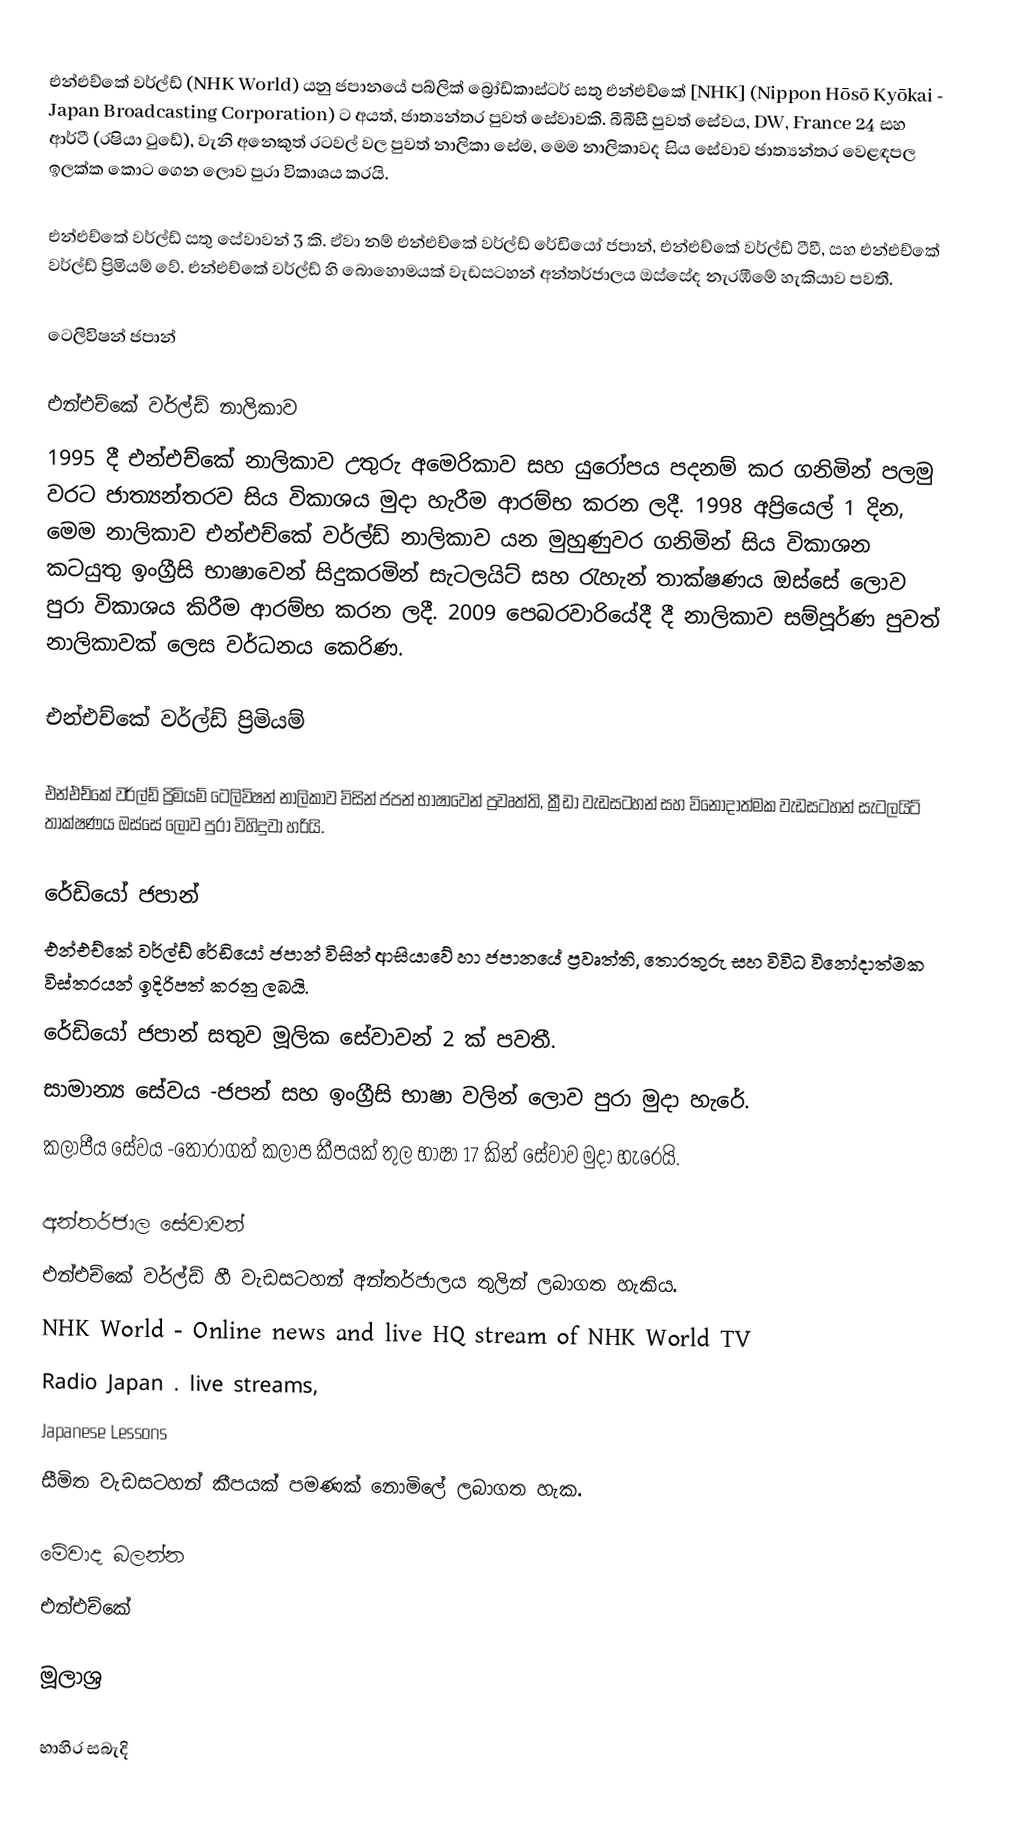
එන්එච්කේ වර්ල්ඩ් (NHK World) යනු ජපානයේ පබ්ලික් බ්‍රෝඩ්කාස්ටර් සතු එන්එච්කේ [NHK] (Nippon Hōsō Kyōkai - Japan Broadcasting Corporation) ට අයත්, ජාත්‍යන්තර පුවත් සේවාවකි. බීබීසී පුවත් සේවය, DW, France 24 සහ ආර්ටී (රෂියා ටුඩේ), වැනි අනෙකුත් රටවල් වල පුවත් නාලිකා සේම, මෙම නාලිකාවද සිය සේවාව ජාත්‍යන්තර වෙළඳපල ඉලක්ක කොට ගෙන ලොව පුරා විකාශය කරයි.

එන්එච්කේ වර්ල්ඩ් සතු සේවාවන් 3 කි. ඒවා නම් එන්එච්කේ වර්ල්ඩ් රේඩියෝ ජපාන්, එන්එච්කේ වර්ල්ඩ් ටීවී, සහ එන්එච්කේ වර්ල්ඩ් ප්‍රිමියම් වේ. එන්එච්කේ වර්ල්ඩ් හි බොහොමයක් වැඩසටහන් අන්තර්ජාලය ඔස්සේද නැරඹීමේ හැකියාව පවතී.

ටෙලිවිෂන් ජපාන්

එන්එච්කේ වර්ල්ඩ් නාලිකාව
1995 දී එන්එච්කේ නාලිකාව උතුරු අමෙරිකාව සහ යුරෝපය පදනම් කර ගනිමින් පලමු වරට ජාත්‍යන්තරව සිය විකාශය මුදා හැරීම ආරම්භ කරන ලදී. 1998 අප්‍රියෙල් 1 දින, මෙම නාලිකාව එන්එච්කේ වර්ල්ඩ් නාලිකාව යන මුහුණුවර ගනිමින් සිය විකාශන කටයුතු ඉංග්‍රීසි භාෂාවෙන් සිදුකරමින් සැටලයිට් සහ රැහැන් තාක්ෂණය ඔස්සේ ලොව පුරා විකාශය කිරීම ආරම්භ කරන ලදී. 2009 පෙබරවාරියේදී දී නාලිකාව සම්පූර්ණ පුවත් නාලිකාවක් ලෙස වර්ධනය කෙරිණ.

එන්එච්කේ වර්ල්ඩ් ප්‍රිමියම්

එන්එච්කේ වර්ල්ඩ් ප්‍රිමියම් ටෙලිවිෂන් නාලිකාව විසින් ජපන් භාෂාවෙන් ප්‍රවෘත්ති, ක්‍රීඩා වැඩසටහන් සහ විනෝදාත්මක වැඩසටහන් සැටලයිට් තාක්ෂණය ඔස්සේ ලොව පුරා විහිදුවා හරියි.

රේඩියෝ ජපාන්
එන්එච්කේ වර්ල්ඩ් රේඩියෝ ජපාන් විසින් ආසියාවේ හා ජපානයේ ප්‍රවෘත්ති, තොරතුරු සහ විවිධ විනෝදාත්මක විස්තරයන් ඉදිරිපත් කරනු ලබයි.
රේඩියෝ ජපාන් සතුව මූලික සේවාවන් 2 ක් පවතී.
සාමාන්‍ය සේවය -ජපන් සහ ඉංග්‍රීසි භාෂා වලින් ලොව පුරා මුදා හැරේ.
 කලාපීය සේවය -තෝරාගත් කලාප කීපයක් තුල භාෂා 17 කින් සේවාව මුදා හැරෙයි.

අන්තර්ජාල සේවාවන්
එන්එච්කේ වර්ල්ඩ් හී වැඩසටහන් අන්තර්ජාලය තුලින් ලබාගත හැකිය.
 NHK World - Online news and live HQ stream of NHK World TV
  Radio Japan . live streams,
 Japanese Lessons
සීමිත වැඩසටහන් කීපයක් පමණක් නොමිලේ ලබාගත හැක.

මේවාද බලන්න
එන්එච්කේ

මූලාශ්‍ර

භාහිර සබැදි